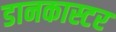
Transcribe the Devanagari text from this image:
डानकास्टर